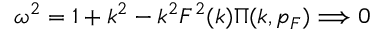
\omega ^ { 2 } = 1 + k ^ { 2 } - k ^ { 2 } F ^ { 2 } ( k ) \Pi ( k , p _ { F } ) \Longrightarrow 0